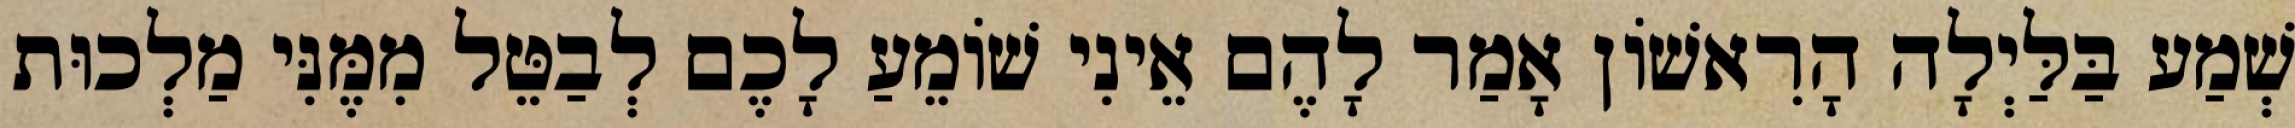
שְׁמַע בַּלַּיְלָה הָרִאשׁוֹן אָמַר לָהֶם אֵינִי שׁוֹמֵעַ לָכֶם לְבַטֵּל מִמֶּנִּי מַלְכוּת